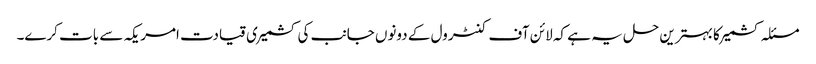
مسئلہ کشمیر کا بہترین حل یہ ہے کہ لائن آف کنٹرول کے دونوں جانب کی کشمیری قیادت امریکہ سے بات کرے۔